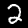
Digit: 2